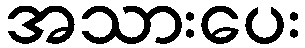
အသားပေး